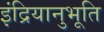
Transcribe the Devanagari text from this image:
इंद्रियानुभूति